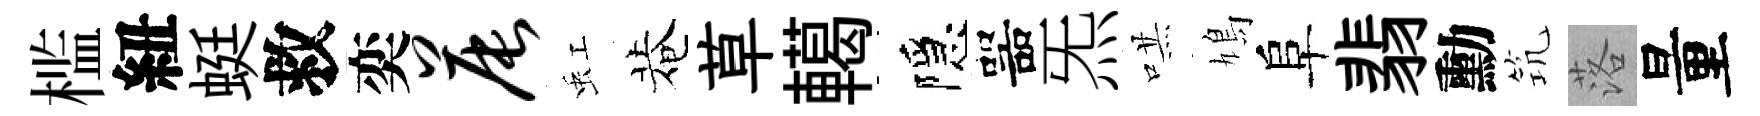
槛紐蜓救奕晨虹菴草轕隱噐炁哄鳩阜翡勳𥬑落量